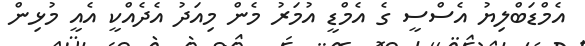
އެމްޑަބްލިޔު އެސްސީ ގެ އެމްޑީ އުމަރު މެން މިއަދު އެދެއްކީ އެއީ މުޅިން